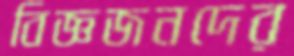
বিজ্ঞজনদের